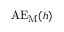
\mathrm { A E _ { M } } ( h )